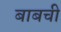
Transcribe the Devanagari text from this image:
बाबची